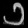
Digit: ၁